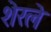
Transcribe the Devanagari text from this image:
शेरले